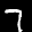
Label: 7